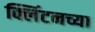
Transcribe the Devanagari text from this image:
क्लिंटनच्या